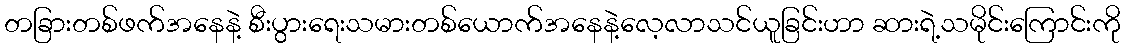
တခြားတစ်ဖက်အနေနဲ့ စီးပွားရေးသမားတစ်ယောက်အနေနဲ့လေ့လာသင်ယူခြင်းဟာ ဆားရဲ့သမိုင်းကြောင်းကို